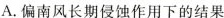
A.偏南风长期侵蚀作用下的结果